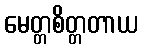
မေတ္တစိတ္တတာယ